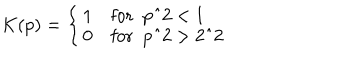
LaTeX: K ( p ) = \left\{ \left\{ \begin{cases} { { 1 } } & { { f o r p ^ { 2 } < 1 } } \\ { { 0 } } & { { f o r p ^ { 2 } > 2 ^ { 2 } } } \\ \end{cases} \right. \right.